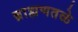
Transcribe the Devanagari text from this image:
ब्राह्मणतळे